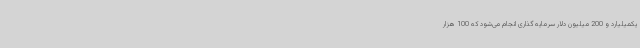
یکمیلیارد و 200 میلیون دلار سرمایه گذاری انجام می‌شود که 100 هزار